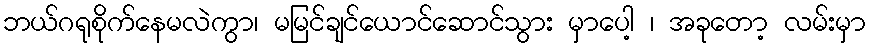
ဘယ်ဂရုစိုက်နေမလဲကွာ၊ မမြင်ချင်ယောင်ဆောင်သွား မှာပေါ့ ၊ အခုတော့ လမ်းမှာ